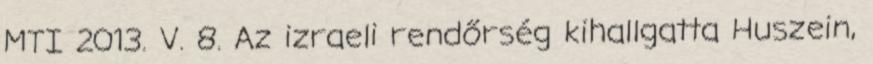
MTI 2013. V. 8. Az izraeli rendőrség kihallgatta Huszein,